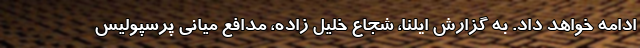
ادامه خواهد داد. به گزارش ایلنا، شجاع خلیل زاده، مدافع میانی پرسپولیس